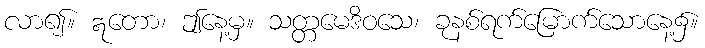
လာ၍။ ဣတော၊ ဤနေ့မှ။ သတ္တမေဒိဝသေ၊ ခုနစ်ရက်မြောက်သောနေ့၌။